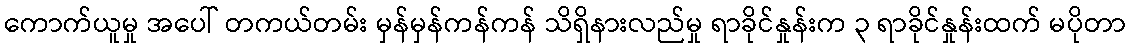
ကောက်ယူမှု အပေါ် တကယ်တမ်း မှန်မှန်ကန်ကန် သိရှိနားလည်မှု ရာခိုင်နှုန်းက ၃ ရာခိုင်နှုန်းထက် မပိုတာ